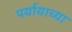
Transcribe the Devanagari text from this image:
पर्यायाच्या